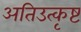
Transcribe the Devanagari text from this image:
अतिउत्कृष्ट